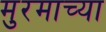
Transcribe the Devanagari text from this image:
मुरमाच्या